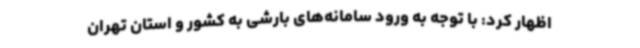
اظهار کرد: با توجه به ورود سامانه‌های بارشی به کشور و استان تهران